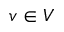
v \in V